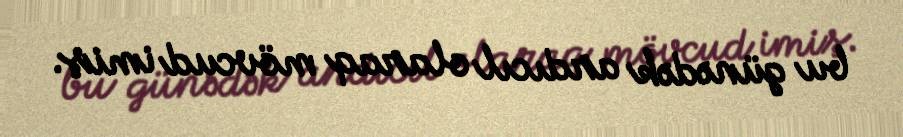
bu günədək ardıcıl olaraq mövcud imiş.